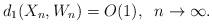
LaTeX: \begin{align*}d_{1}(X_n,W_n)=O(1),\;\;n\to\infty.\end{align*}